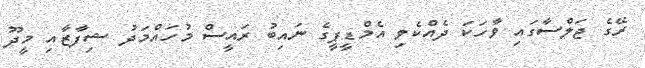
ރޭގެ ޖަލްސާގައި ވާހަކަ ދެއްކެވި އެމްޑީޕީގެ ނައިބު ރައީސް މުހައްމަދު ޝިފާޒާއި މީދޫ